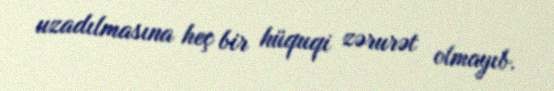
uzadılmasına heç bir hüquqi zərurət olmayıb.